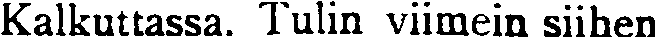
Kalkuttassa. Tulin viimein siihen